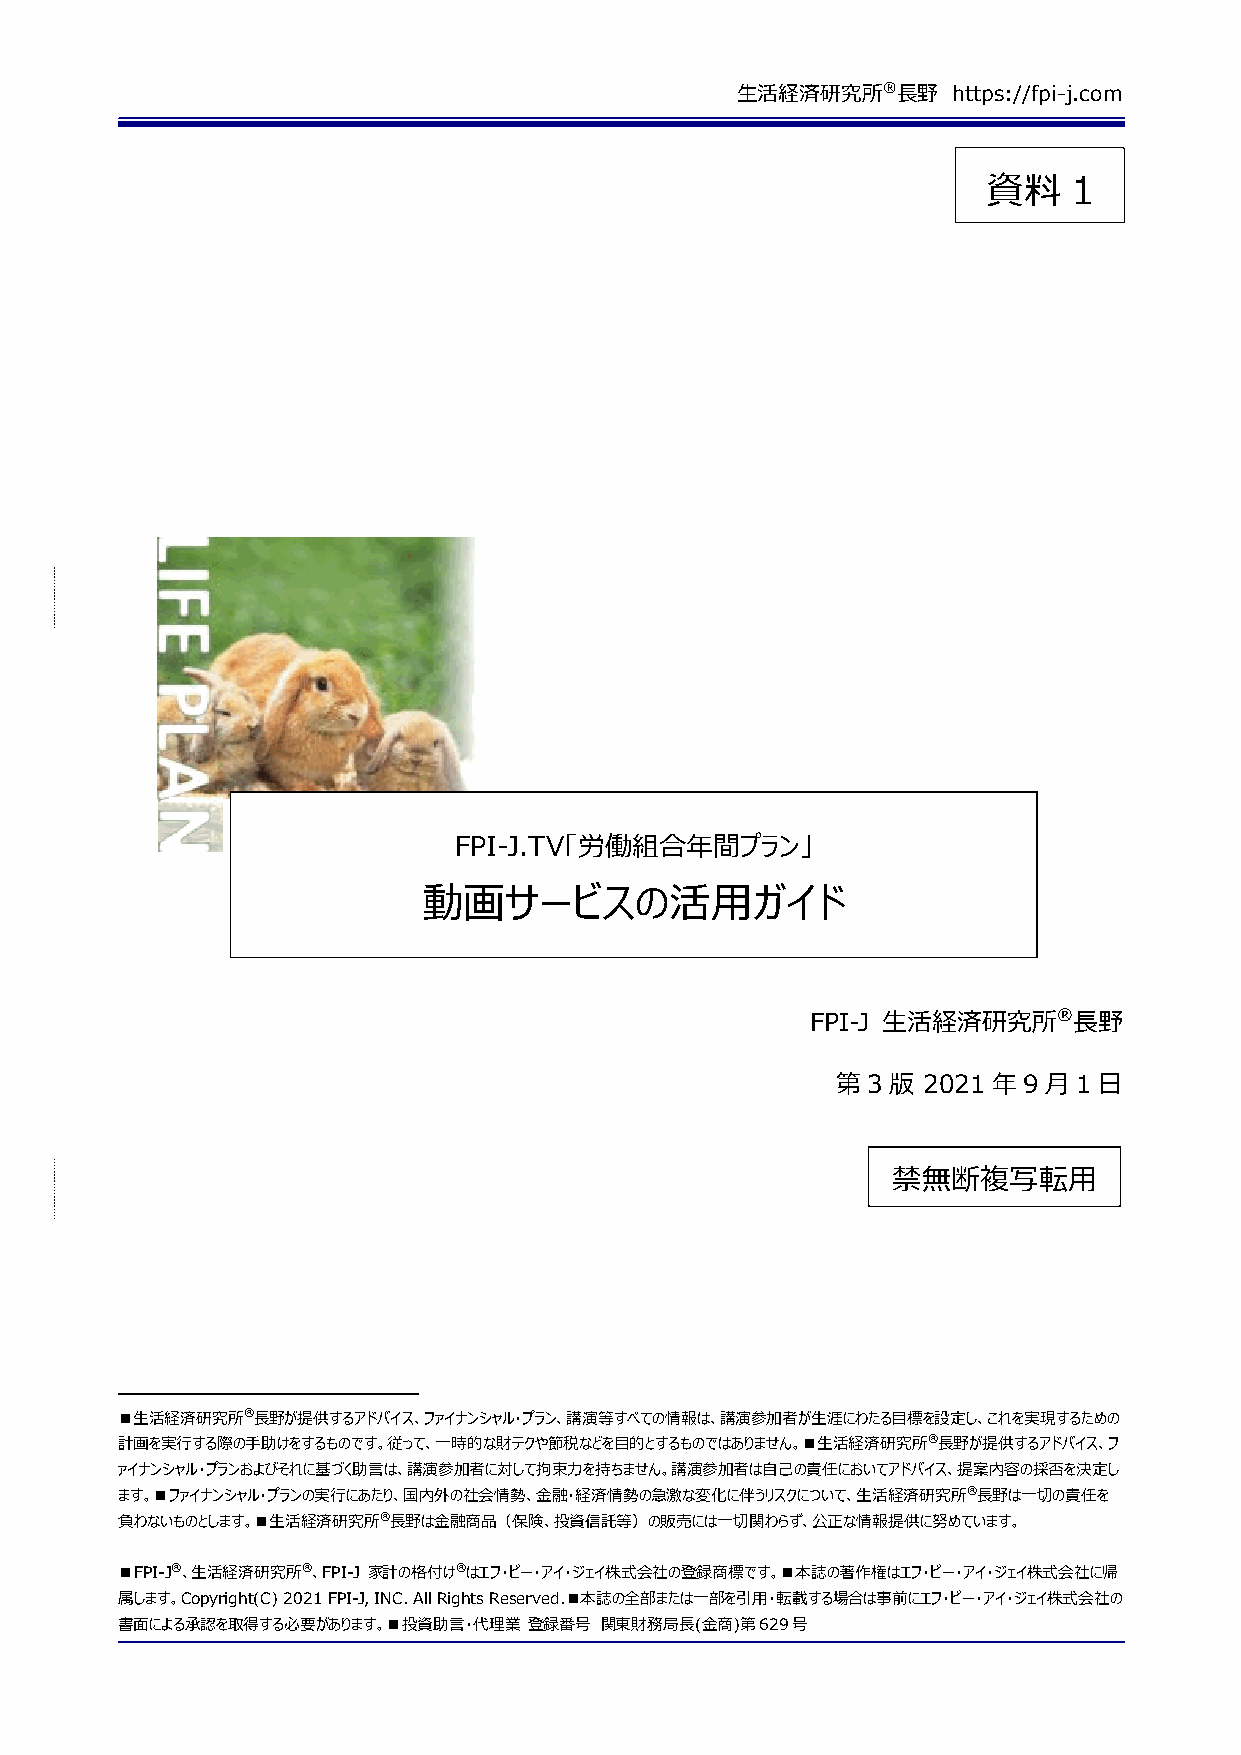
生活経済研究所®長野    https://fpi-j.com
 資料    1
 FPI-J.TV「労働組合年間プラン」
 動画サービスの活用ガイド
 FPI-J 生活経済研究所®長野
 第3版   2021 年9月1日
 禁無断複写転用
 ■生活経済研究所®長野が提供するアドバイス、ファイナンシャル・プラン、講演等すべての情報は、講演参加者が生涯にわたる目標を設定し、これを実現するための
 計画を実行する際の手助けをするものです。従って、一時的な財テクや節税などを目的とするものではありません。■生活経済研究所®長野が提供するアドバイス、フ
 ァイナンシャル・プランおよびそれに基づく助言は、講演参加者に対して拘束力を持ちません。講演参加者は自己の責任においてアドバイス、提案内容の採否を決定し
 ます。■ファイナンシャル・プランの実行にあたり、国内外の社会情勢、金融・経済情勢の急激な変化に伴うリスクについて、生活経済研究所®長野は一切の責任を
 負わないものとします。■生活経済研究所®長野は金融商品（保険、投資信託等）の販売には一切関わらず、公正な情報提供に努めています。
 ■FPI-J®、生活経済研究所®、FPI-J 家計の格付け®はエフ・ピー・アイ・ジェイ株式会社の登録商標です。■本誌の著作権はエフ・ピー・アイ・ジェイ株式会社に帰
 属します。Copyright(C) 2021 FPI-J, INC. All Rights Reserved.■本誌の全部または一部を引用・転載する場合は事前にエフ・ピー・アイ・ジェイ株式会社の
 書面による承認を取得する必要があります。■投資助言・代理業 登録番号 関東財務局長(金商)第629号